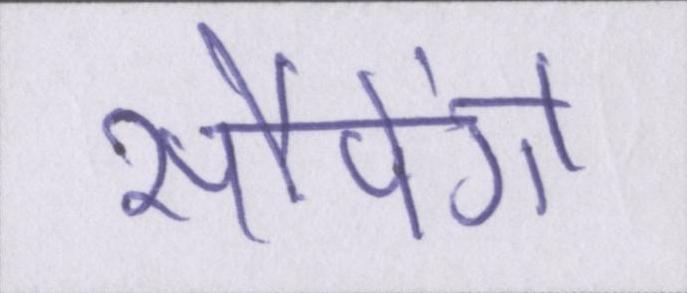
सौपेंगे